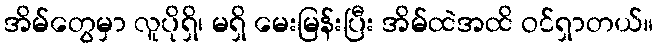
အိမ်တွေမှာ လူပိုရှိ၊ မရှိ မေးမြန်းပြီး အိမ်ထဲအထိ ဝင်ရှာတယ်။